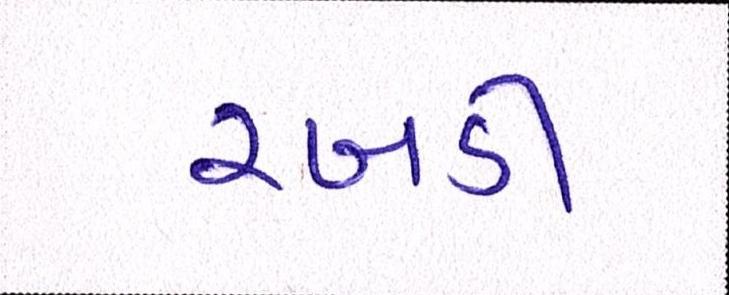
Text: રબડી